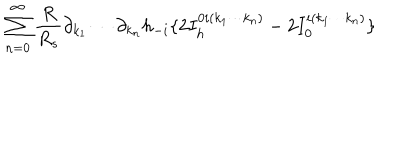
LaTeX: \sum _ { n = 0 } ^ { \infty } { \frac { R } { R _ { s } } } \partial _ { k _ { 1 } } \cdots \partial _ { k _ { n } } h _ { - i } \{ 2 I _ { h } ^ { 0 i ( k _ { 1 } \cdots k _ { n } ) } - 2 I _ { 0 } ^ { i ( k _ { 1 } \cdots k _ { n } ) } \}